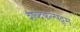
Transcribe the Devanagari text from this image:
शब्दकल्पद्रुम्